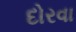
દોરવા